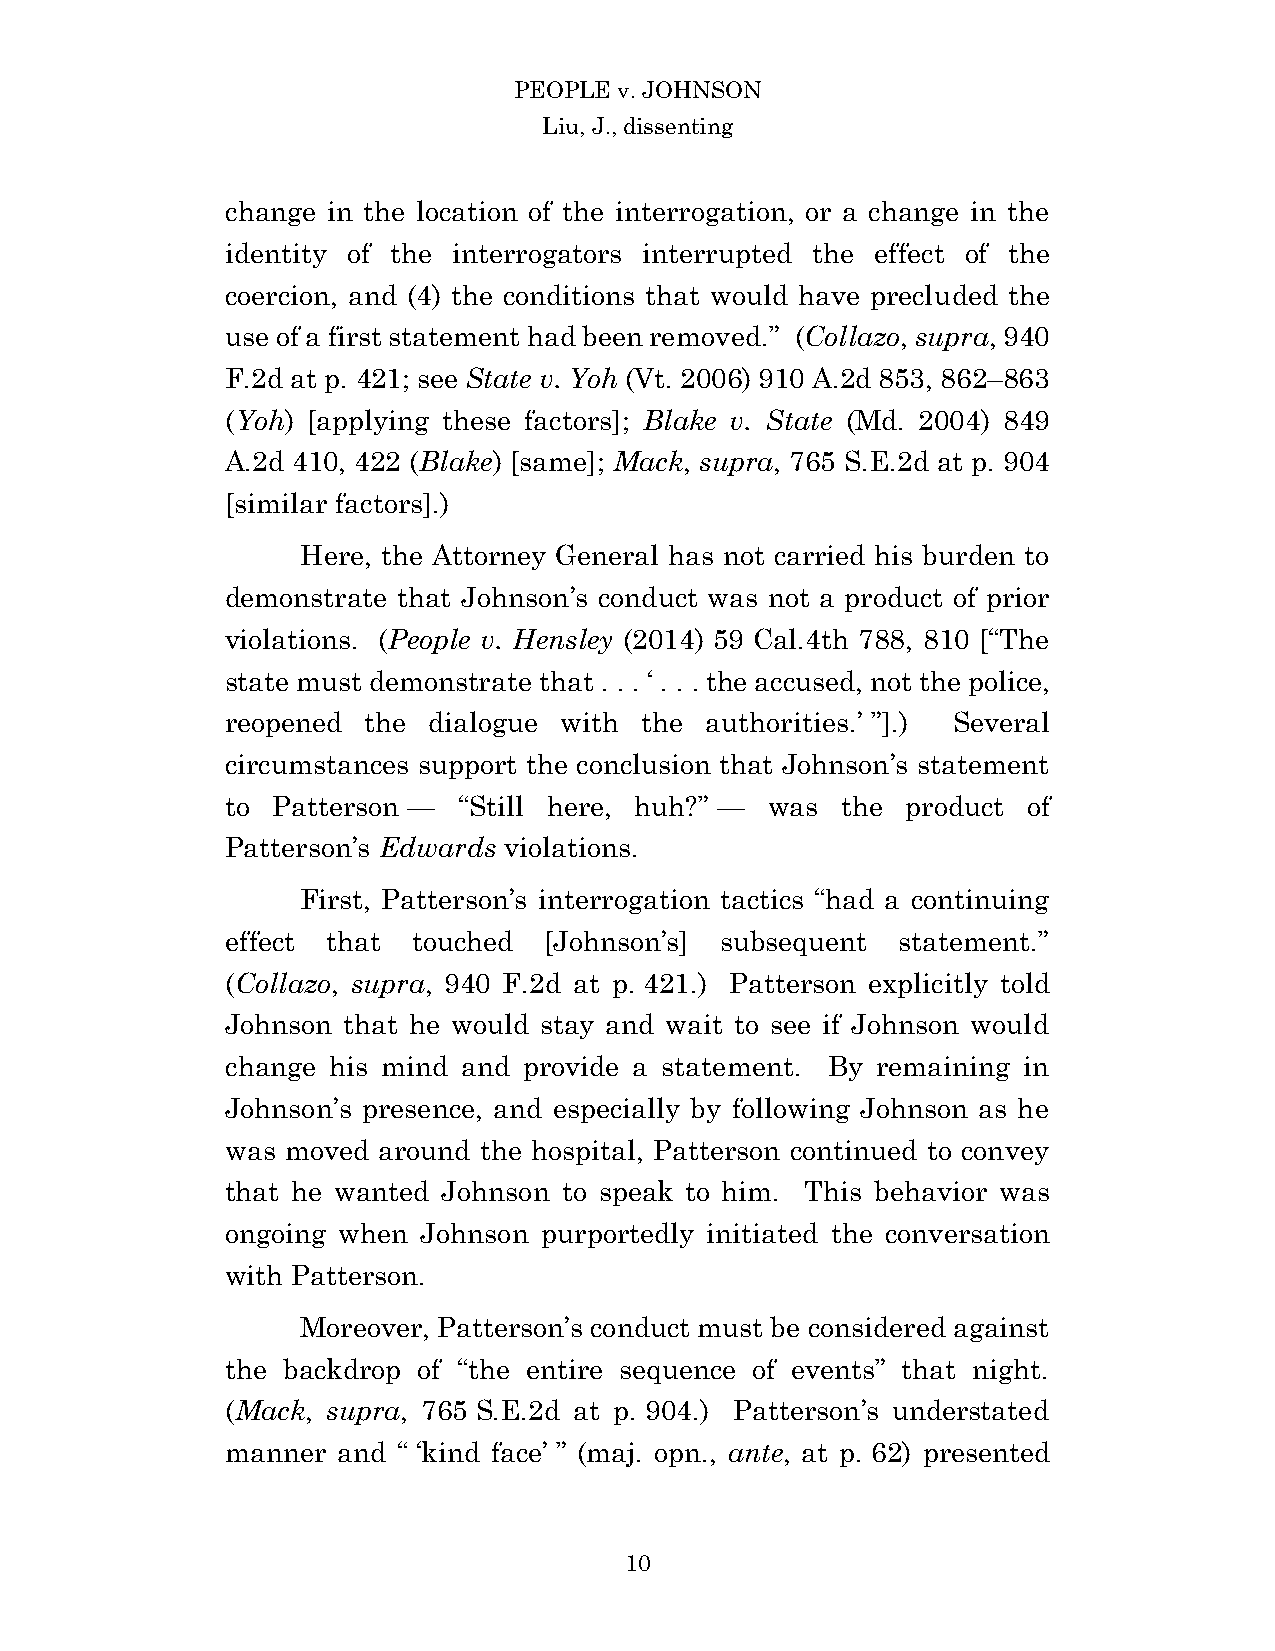
PEOPLE v. JOHNSON
 Liu, J., dissenting
 change in the location of the interrogation, or a change in the
 identity of the interrogators interrupted the effect of the
 coercion, and (4) the conditions that would have precluded the
 use of a first statement had been removed.” (Collazo, supra, 940
 F.2d at p. 421; see State v. Yoh (Vt. 2006) 910 A.2d 853, 862–863
 (Yoh) [applying these factors]; Blake v. State (Md. 2004) 849
 A.2d 410, 422 (Blake) [same]; Mack, supra, 765 S.E.2d at p. 904
 [similar factors].)
 Here, the Attorney General has not carried his burden to
 demonstrate that Johnson’s conduct was not a product of prior
 violations. (People v. Hensley (2014) 59 Cal.4th 788, 810 [“The
 state must demonstrate that . . . ‘ . . . the accused, not the police,
 reopened the dialogue with the  authorities.’ ”].) Several
 circumstances support the conclusion that Johnson’s statement
 to Patterson — “Still here, huh?” — was  the product of
 Patterson’s Edwards violations.
 First, Patterson’s interrogation tactics “had a continuing
 effect that touched  [Johnson’s] subsequent  statement.”
 (Collazo, supra, 940 F.2d at p. 421.) Patterson explicitly told
 Johnson that he would stay and wait to see if Johnson would
 change his mind and provide a statement. By remaining in
 Johnson’s presence, and especially by following Johnson as he
 was moved around the hospital, Patterson continued to convey
 that he wanted Johnson to speak to him. This behavior was
 ongoing when Johnson purportedly initiated the conversation
 with Patterson.
 Moreover, Patterson’s conduct must be considered against
 the backdrop of “the entire sequence of events” that night.
 (Mack, supra, 765 S.E.2d at p. 904.) Patterson’s understated
 manner and “ ‘kind face’ ” (maj. opn., ante, at p. 62) presented
 1 0